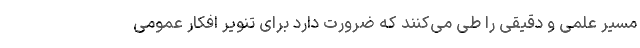
مسیر علمی و دقیقی را طی می‌کنند که ضرورت دارد برای تنویر افکار عمومی